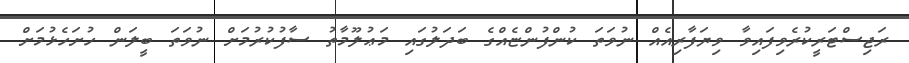
ރަޖިސްޓަރީކުރެވިފައިވާ ވިޔަފާރިއެއް ނުވަތަ ކުންފުންޏެއްގެ ބަދަލުގައި މަޢުލޫމާތު ސާފުކުރުމަށް ނުވަތަ ބީލަން ހުށަހެޅުމަށް